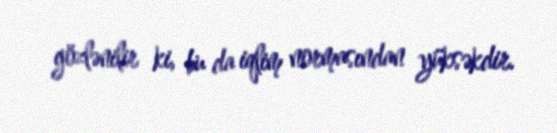
gözlənilir ki, bu da iqlim normasından yüksəkdir.